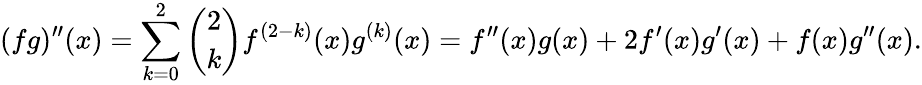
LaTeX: (fg)^{\prime\prime}(x)=\sum_{k=0}^{2}{{\binom{2}{k}}f^{(2-k)}(x)g^{(k)}(x)}=f^{\prime\prime}(x)g(x)+2f^{\prime}(x)g^{\prime}(x)+f(x)g^{\prime\prime}(x).